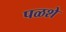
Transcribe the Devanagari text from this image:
पळशे